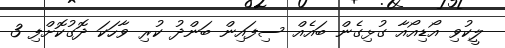
ލީކުވި އޯޑިއޯއާ ގުޅިގެން ބައެއް ސިފައިން ބަންދު ކުރި ވާހަކަ ދޮގުކޮށްފި 3